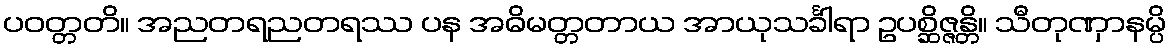
ပဝတ္တတိ။ အညတရညတရဿ ပန အဓိမတ္တတာယ အာယုသင်္ခါရာ ဥပစ္ဆိဇ္ဇန္တိ။ သီတုဏှာနမ္ပိ